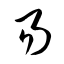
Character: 易